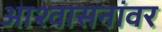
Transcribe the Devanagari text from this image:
आश्वासनांवर